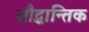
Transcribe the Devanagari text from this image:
सौद्धान्तिक